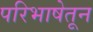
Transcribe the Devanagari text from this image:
परिभाषेतून